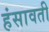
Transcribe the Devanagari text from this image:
हंसावती